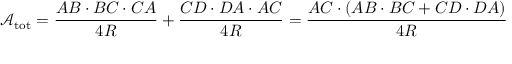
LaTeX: { \mathcal { A } } _ { \mathrm { t o t } } = { \frac { A B \cdot B C \cdot C A } { 4 R } } + { \frac { C D \cdot D A \cdot A C } { 4 R } } = { \frac { A C \cdot ( A B \cdot B C + C D \cdot D A ) } { 4 R } }